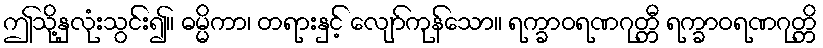
ဤသို့နှလုံးသွင်း၍။ ဓမ္မိကာ၊ တရားနှင့် လျော်ကုန်သော။ ရက္ခာဝရဏဂုတ္တီ ရက္ခာဝရဏဂုတ္တိ